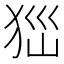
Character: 𤝾